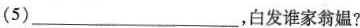
(5)___，白发谁家翁媪?